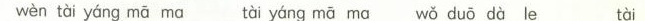
wèn tài yáng mā ma tài yáng mā ma wǒ duó dà le tài